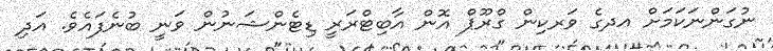
ނުގަންނަކަމަށް އދގެ ވަރކިން ގްރޫޕް އޮން އާބިޓްރަރީ ޑިޓެންޝަނުން ވަނީ ބުނެފައެވެ. އަދި